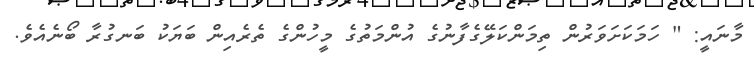
މާނައީ: " ހަމަކަށަވަރުން ތިމަންކަލޭގެފާނުގެ އުންމަތުގެ މީހުންގެ ތެރެއިން ބަޔަކު ބަނގުރާ ބޯނެއެވެ.